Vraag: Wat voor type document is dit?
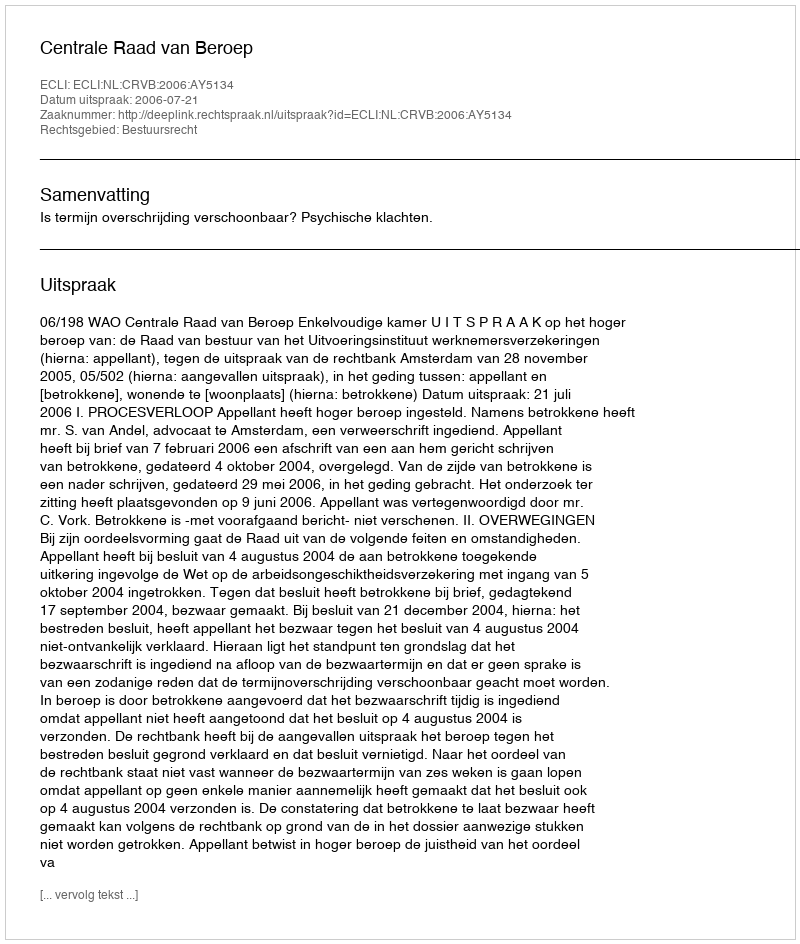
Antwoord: Uitspraak